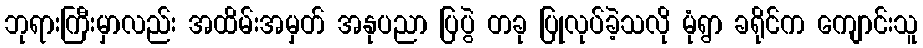
ဘုရားကြီးမှာလည်း အထိမ်းအမှတ် အနုပညာ ပြပွဲ တခု ပြုလုပ်ခဲ့သလို မုံရွာ ခရိုင်က ကျောင်းသူ